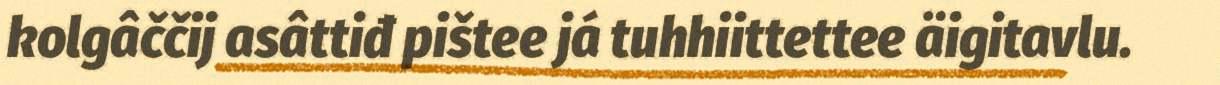
kolgâččij asâttiđ pištee já tuhhiittettee äigitavlu.